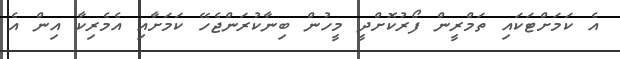
އެ ކަމަށްޓަކައި ތަމްރީން ފޯރުކޮށްދީ މީހުން ބިނާކުރަންޖެހޭ ކަމަށާއި އެމެރިކާ އިން އެ